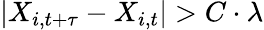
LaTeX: \vert X_{i,t+\tau}-X_{i,t}\vert>C\cdot\lambda